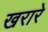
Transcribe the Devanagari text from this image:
खरारे